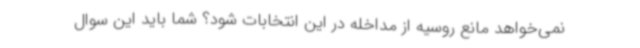
نمی‌خواهد مانع روسیه از مداخله در این انتخابات شود؟ شما باید این سوال